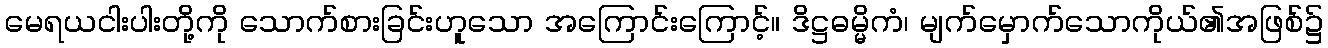
မေရယငါးပါးတို့ကို သောက်စားခြင်းဟူသော အကြောင်းကြောင့်။ ဒိဋ္ဌဓမ္မိကံ၊ မျက်မှောက်သောကိုယ်၏အဖြစ်၌